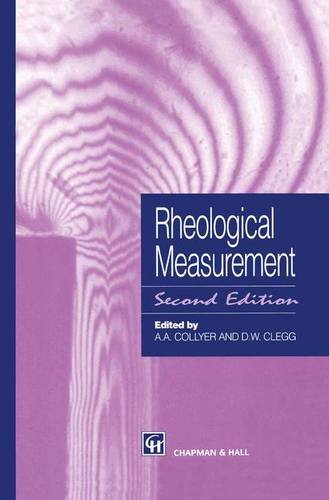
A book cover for Rheological Measurement; Science & Math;